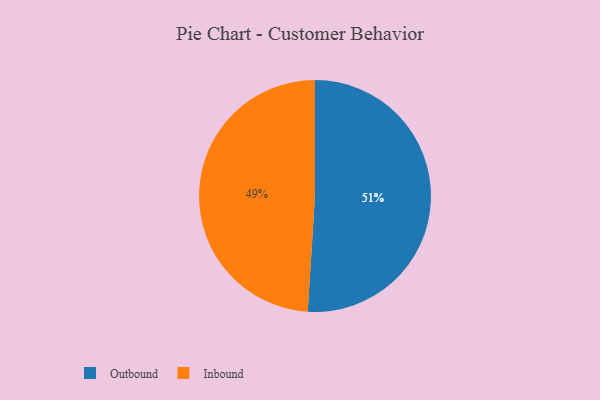
{"axis": {"x": "Category", "y": "Percentage"}, "legend": ["Inbound", "Outbound"], "data": [{"x": "Inbound", "y": 49, "type": "Inbound"}, {"x": "Outbound", "y": 51, "type": "Outbound"}]}